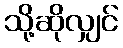
သို့ဆိုလျှင်